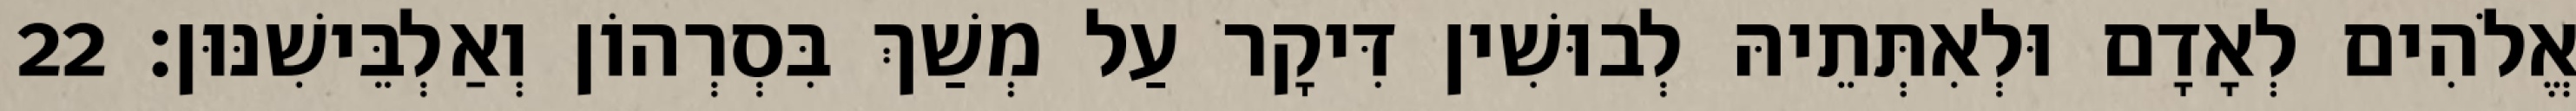
אֱלֹהִים לְאָדָם וּלְאִתְּתֵיהּ לְבוּשִׁין דִּיקָר עַל מְשַׁךְ בִּסְרְהוֹן וְאַלְבֵּישִׁנּוּן׃ 22